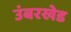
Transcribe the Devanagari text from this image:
उंबरखेड